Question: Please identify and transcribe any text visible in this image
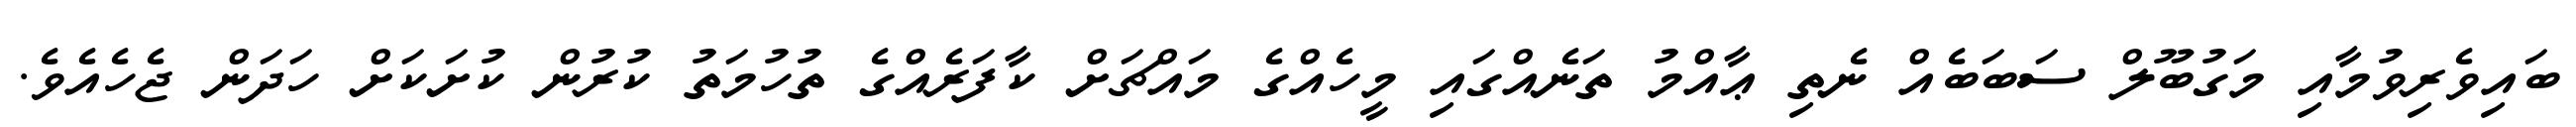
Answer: ބައިވެރިވުމާއި މަގުބޫލް ސަބަބެއް ނެތި ޢާއްމު ތަނެއްގައި މީހެއްގެ މައްޗަށް ކާފަރެއްގެ ތުހުމަތު ކުރުން ކުށަކަށް ހަދަން ޖެހެއެވެ.